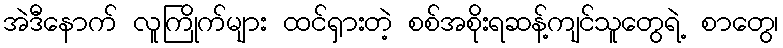
အဲဒီနောက် လူကြိုက်များ ထင်ရှားတဲ့ စစ်အစိုးရဆန့်ကျင်သူတွေရဲ့ စာတွေ၊